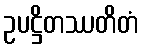
ဥပဋ္ဌိတဿတိတံ